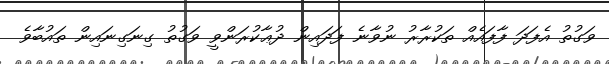
ވަގުތު އެފަދަ ފާފައެއް ތަކުރާރު ނުވާނެ ފަދައިން ދުޢާކުރަންވީ ވަގުތު ގިނަގިނައިން ތައުބާވެ